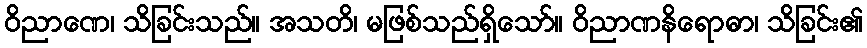
ဝိညာဏေ၊ သိခြင်းသည်။ အသတိ၊ မဖြစ်သည်ရှိသော်။ ဝိညာဏနိရောဓာ၊ သိခြင်း၏